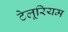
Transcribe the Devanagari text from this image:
टेलूरियम